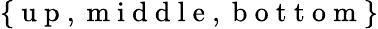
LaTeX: \{ \mathrm{~u~p~},\mathrm{~m~i~d~d~l~e~},\mathrm{~b~o~t~t~o~m~}\}